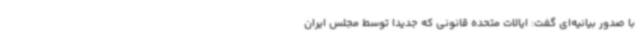
با صدور بیانیه‌ای گفت: ایالات متحده قانونی که جدیدا توسط مجلس ایران